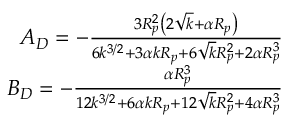
\begin{array} { r } { A _ { D } = - \frac { 3 R _ { p } ^ { 2 } \left( 2 \sqrt { k } + \alpha R _ { p } \right) } { 6 k ^ { 3 / 2 } + 3 \alpha k R _ { p } + 6 \sqrt { k } R _ { p } ^ { 2 } + 2 \alpha R _ { p } ^ { 3 } } } \\ { B _ { D } = - \frac { \alpha R _ { p } ^ { 3 } } { 1 2 k ^ { 3 / 2 } + 6 \alpha k R _ { p } + 1 2 \sqrt { k } R _ { p } ^ { 2 } + 4 \alpha R _ { p } ^ { 3 } } } \end{array}